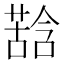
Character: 𮐽